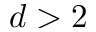
d > 2